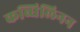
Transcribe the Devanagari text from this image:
कब्धिलिनन